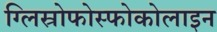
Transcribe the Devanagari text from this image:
ग्लिस्रोफोस्फोकोलाइन